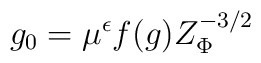
g_0 = \mu^{\epsilon} f(g) Z_{\Phi}^{-3/2}